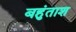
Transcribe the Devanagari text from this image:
बहुंताश